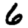
Digit: 6